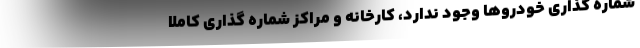
شماره گذاری خودرو‌ها وجود ندارد، کارخانه و مراکز شماره گذاری کاملا